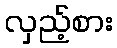
လှည့်စား